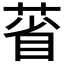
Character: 𦳗